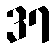
37